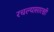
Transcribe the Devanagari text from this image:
रचल्यासारखी